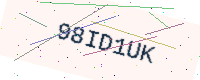
Text: 98ID1UK